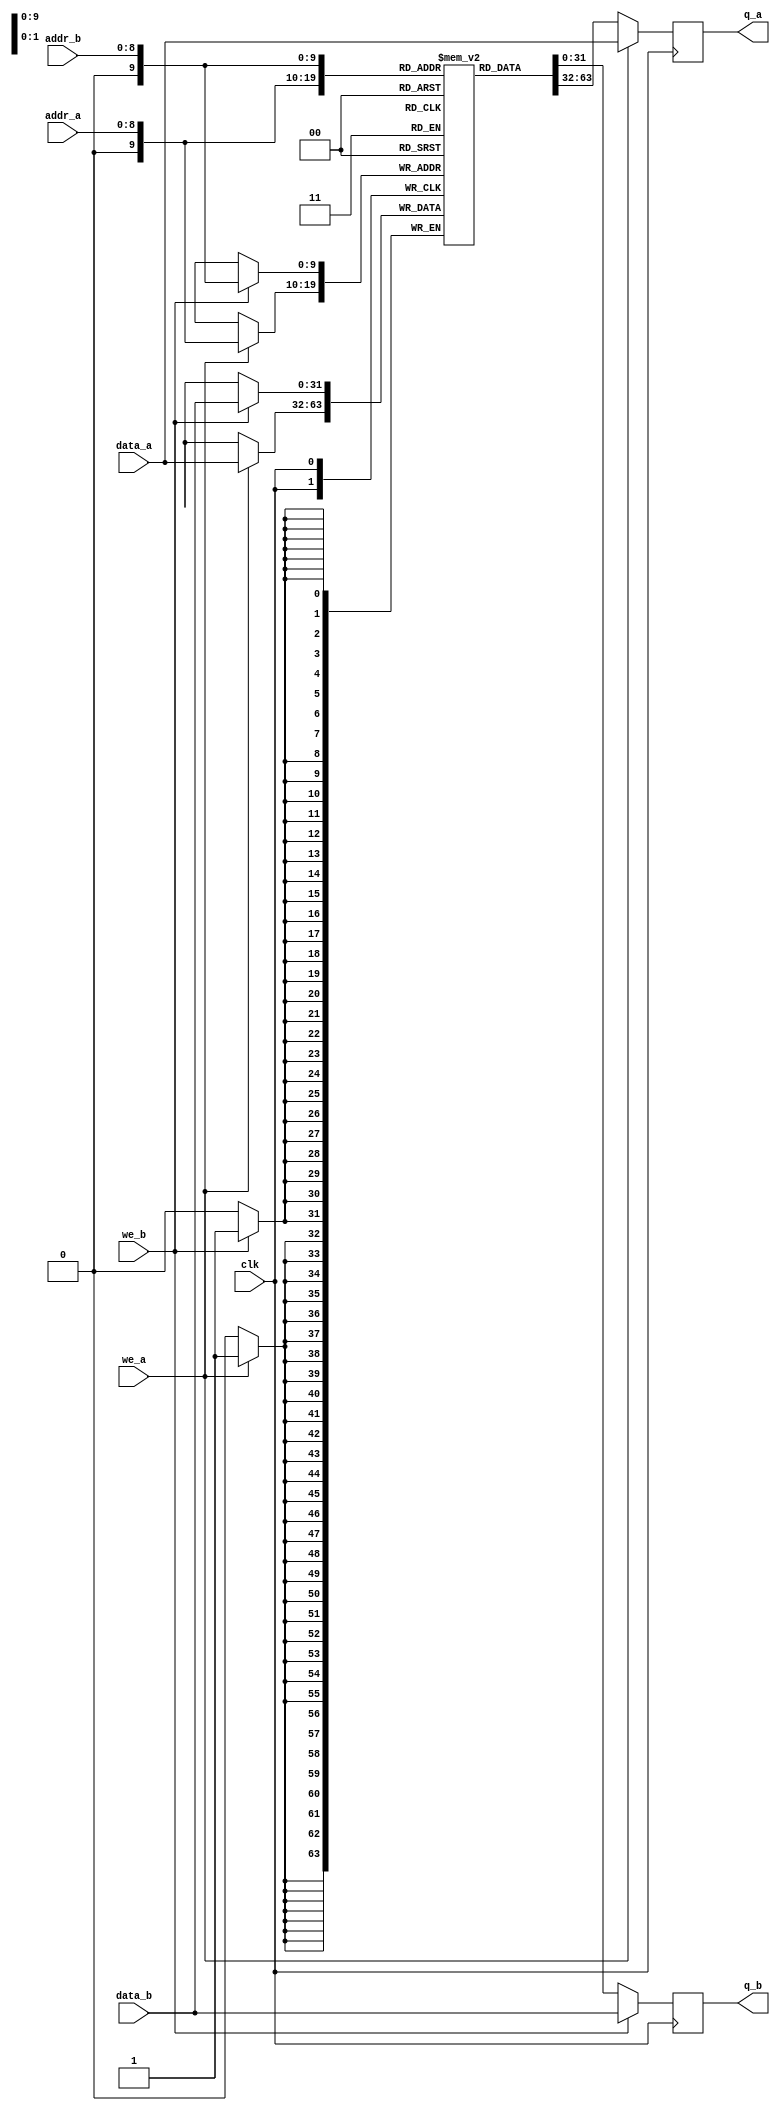
module true_dpram_sclk
(
	input [31:0] data_a, data_b,
	input [8:0] addr_a, addr_b,
	input we_a, we_b, clk,
	output reg [31:0] q_a, q_b
);
	// Declare the RAM variable
	reg [31:0] ram[1023:0];
	
	// Port A
	always @ (posedge clk)
	begin
		if (we_a) 
		begin
			ram[addr_a] <= data_a;
			q_a <= data_a;
		end
		else 
		begin
			q_a <= ram[addr_a];
		end
	end
	
	// Port B
	always @ (posedge clk)
	begin
		if (we_b)
		begin
			ram[addr_b] <= data_b;
			q_b <= data_b;
		end
		else
		begin
			q_b <= ram[addr_b];
		end
	end
	
endmodule